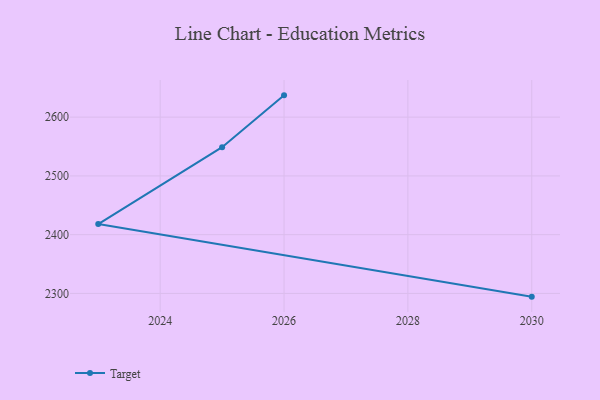
{"axis": {"x": "Year", "y": "Energy Usage (MWh)"}, "legend": ["Target"], "data": [{"x": "2026", "y": 2637.1, "type": "Target"}, {"x": "2025", "y": 2548.9, "type": "Target"}, {"x": "2023", "y": 2418.0, "type": "Target"}, {"x": "2030", "y": 2294.5, "type": "Target"}]}